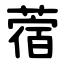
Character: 蓿